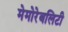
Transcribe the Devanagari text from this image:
मेमोरेबलिटी